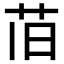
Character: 𫇰